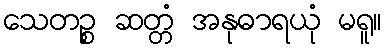
သေတဉ္စ ဆတ္တံ အနုဓာရယုံ မရူ။